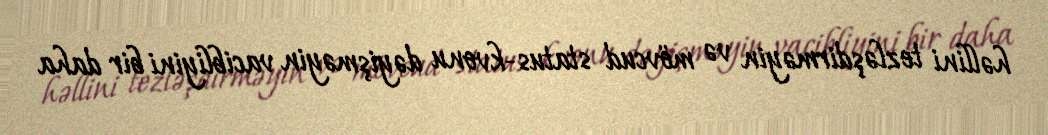
həllini tezləşdirməyin və mövcud status-kvonu dəyişməyin vacibliyini bir daha